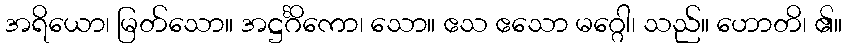
အရိယော၊ မြတ်သော။ အဋ္ဌင်္ဂိကော၊ သော။ ဧသ ဧသော မဂ္ဂေါ၊ သည်။ ဟောတိ၊ ၏။